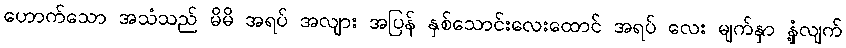
ဟောက်သော အသံသည် မိမိ အရပ် အလျား အပြန် နှစ်သောင်းလေးထောင် အရပ် လေး မျက်နှာ နှံ့လျက်